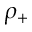
\rho _ { + }